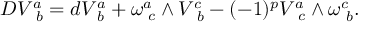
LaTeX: D V _ { \, \, \, b } ^ { a } = d V _ { \, \, b } ^ { a } + \omega _ { \, \, c } ^ { a } \wedge V _ { \, \, \, b } ^ { c } - ( - 1 ) ^ { p } V _ { \, \, \, c } ^ { a } \wedge \omega _ { \, \, b } ^ { c } .